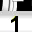
Digit: 1